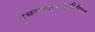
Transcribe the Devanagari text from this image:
तुच्छाकारमनोवृत्तिर्यस्यासौ